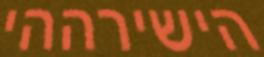
הישירההי